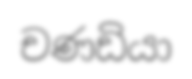
චණඩියා